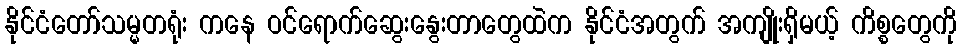
နိုင်ငံတော်သမ္မတရုံး ကနေ ဝင်ရောက်ဆွေးနွေးတာတွေထဲက နိုင်ငံအတွက် အကျိုးရှိမယ့် ကိစ္စတွေကို